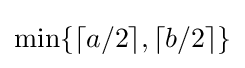
\min\{\lceil a/2\rceil ,\lceil b/2\rceil \}